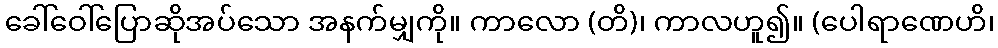
ခေါ်ဝေါ်ပြောဆိုအပ်သော အနက်မျှကို။ ကာလော (တိ)၊ ကာလဟူ၍။ (ပေါရာဏေဟိ၊